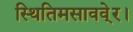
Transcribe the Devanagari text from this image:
स्थितिमसाववे्र।